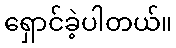
ရှောင်ခဲ့ပါတယ်။